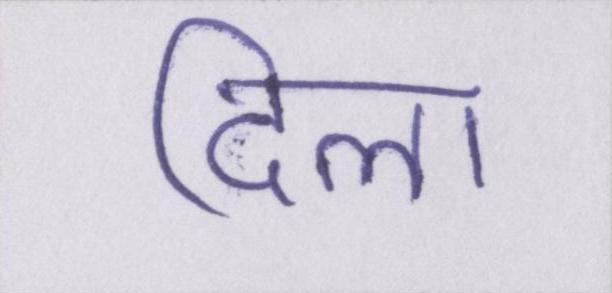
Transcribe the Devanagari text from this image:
दिला